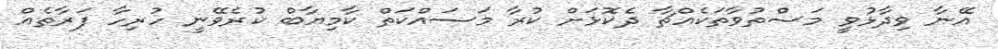
އޭނާ ވިދާޅުވީ މަސްތުވާތަކެއްޗާ ދެކޮޅަށް ކުރާ މަސައްކަތް ކާމިޔާބް ކުރެވޭނީ ހުރިހާ ފަރާތެއް